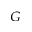
_ G